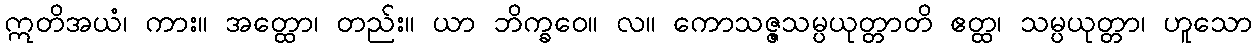
ဣတိအယံ၊ ကား။ အတ္ထော၊ တည်း။ ယာ ဘိက္ခဝေ။ လ။ ကောသဇ္ဇသမ္ပယုတ္တာတိ ဧတ္ထ၊ သမ္ပယုတ္တာ၊ ဟူသော